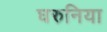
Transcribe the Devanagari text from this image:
घरुनिया